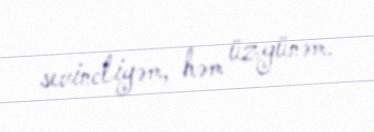
sevincliyəm, həm üzgünəm.